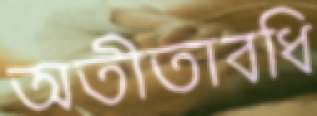
অতীতাবধি